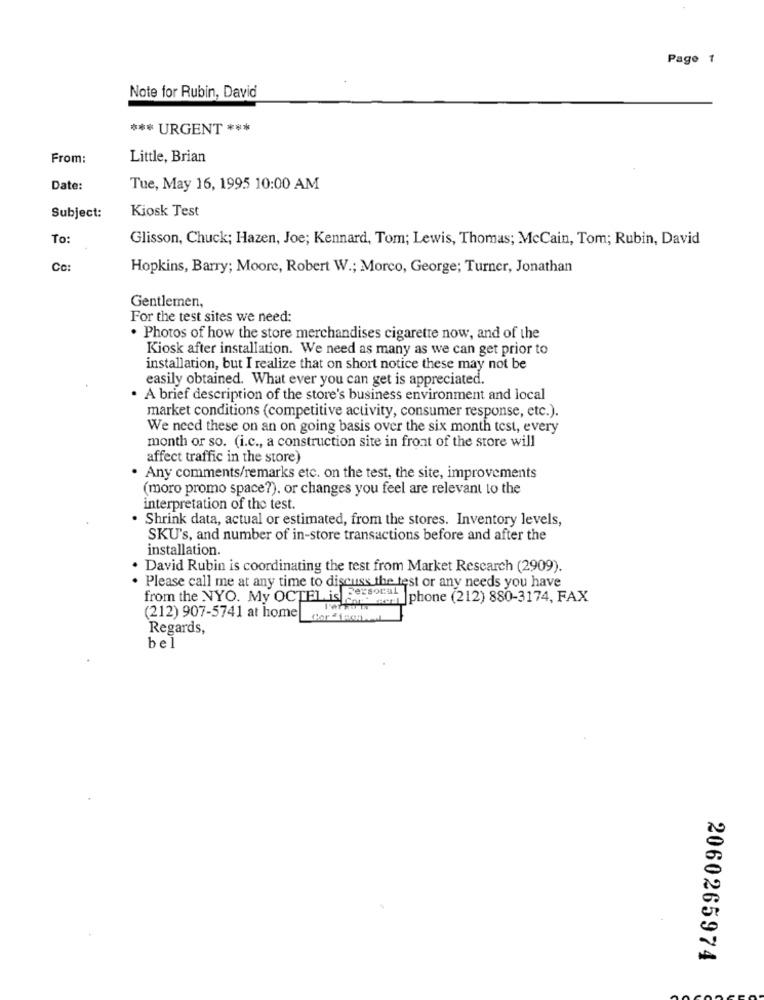
Page 1
Note for Rubin, David
*** URGENT ***
From:
Little, Brian
Date:
Tue, May 16, 1995 10:00 AM
Kiosk Test
Subject:
To:
Glisson, Chuck; Hazen, Joe; Kennard, Tom; Lewis, Thomas; McCain, Tom; Rubin, David
Co:
Hopkins, Barry; Moore, Robert W .; Morco, George; Turner, Jonathan
Gentlemen,
For the test sites we need:
. Photos of how the store merchandises cigarette now, and of the
Kiosk after installation. We need as many as we can get prior to
installation, but I realize that on short notice these may not be
easily obtained. What ever you can get is appreciated.
. A brief description of the store's business environment and local
market conditions (competitive activity, consumer response, etc.).
We need these on an on going basis over the six month test, every
month or so. (i.c ., a construction site in front of the store will
affect traffic in the store)
Any comments/remarks etc. on the test, the site, improvements
(moro promo space?). or changes you feel are relevant to the
interpretation of the test.
. Shrink data, actual or estimated, from the stores. Inventory levels,
SKU's, and number of in-store transactions before and after the
installation.
David Rubin is coordinating the test from Market Research (2909).
Please call me at any time to discuss the test or any needs you have
from the NYO. My OCTEL is Sessofar |phone (212) 880-3174, FAX
Hsm Iphon
(212) 907-5741 at home
Regards,
bel
2060265974